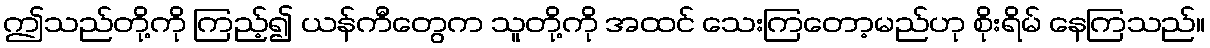
ဤသည်တို့ကို ကြည့်၍ ယန်ကီတွေက သူတို့ကို အထင် သေးကြတော့မည်ဟု စိုးရိမ် နေကြသည်။